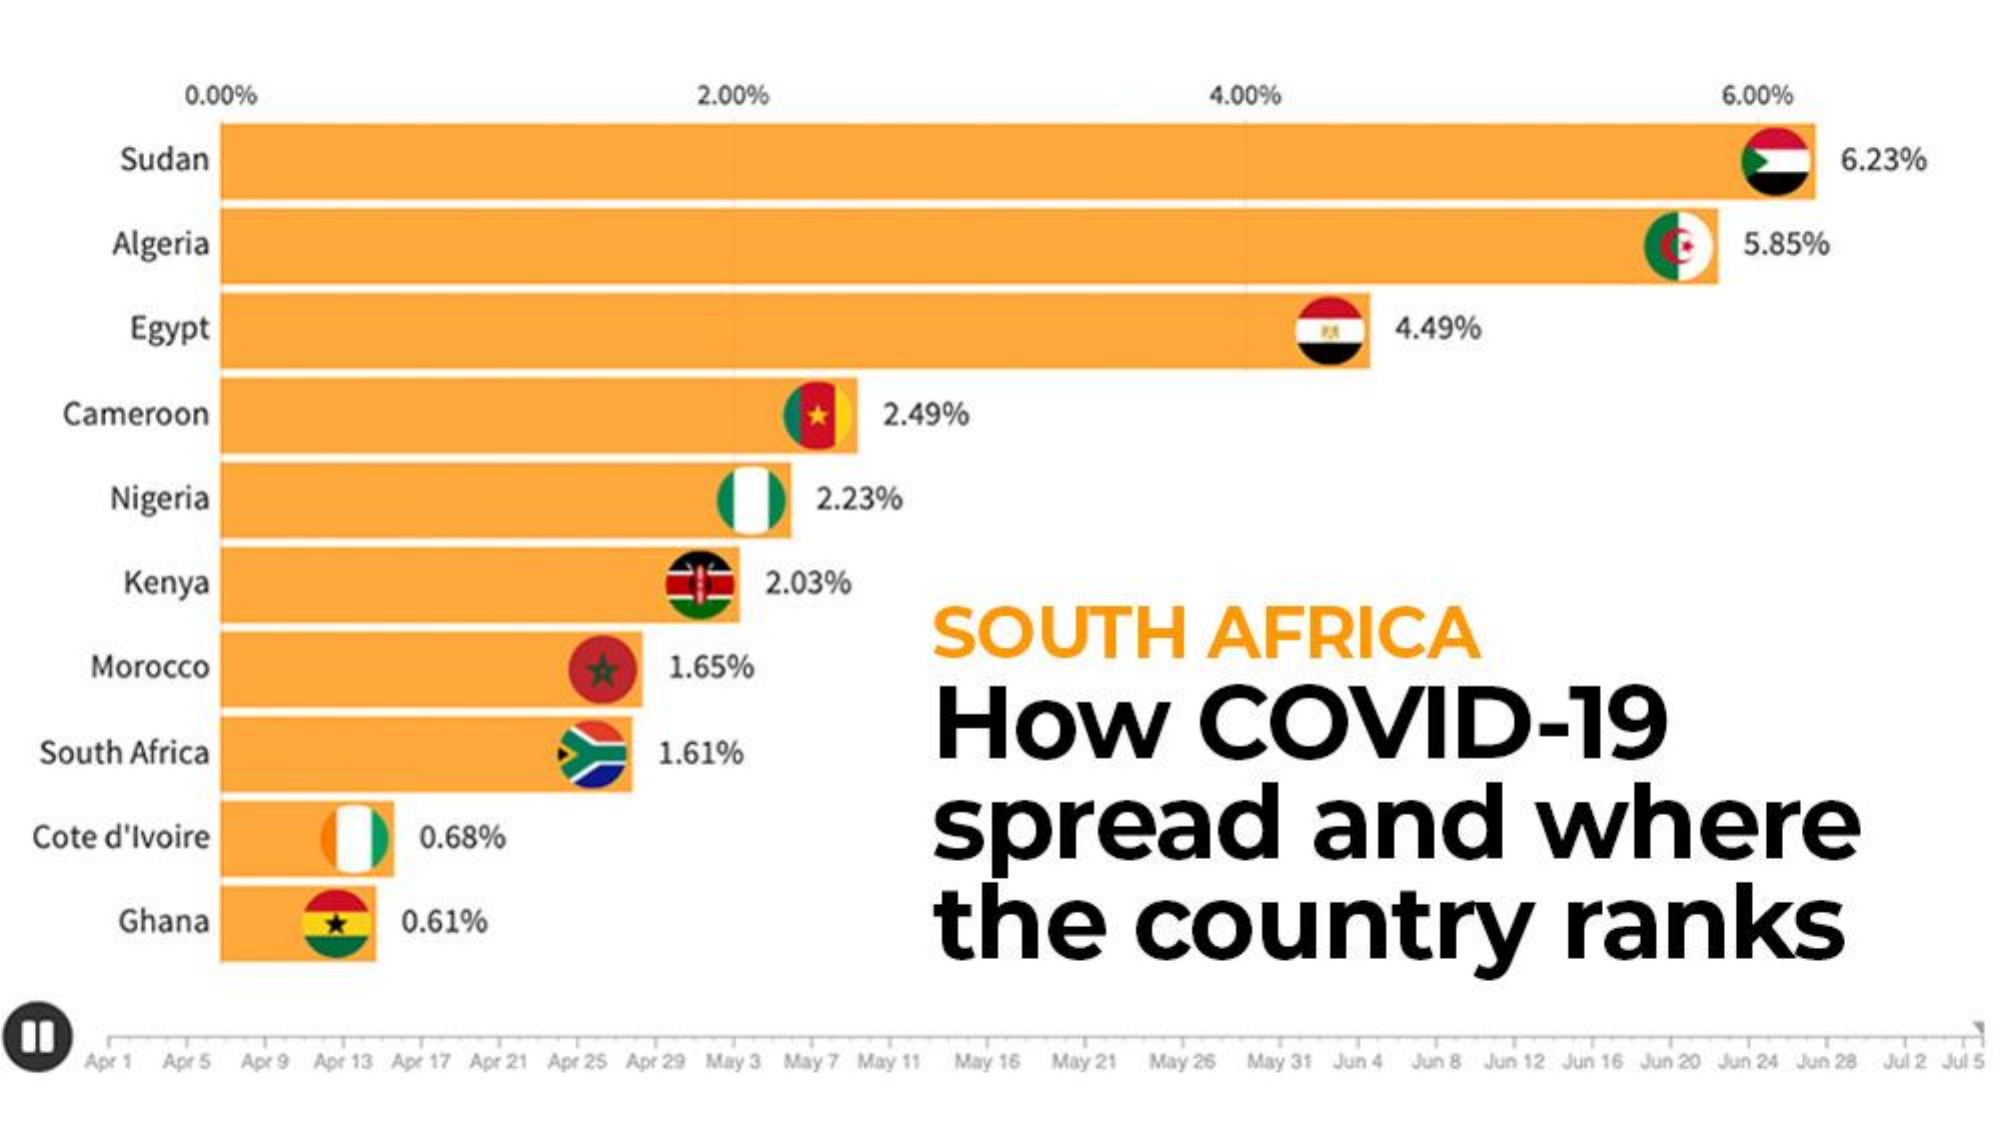
0.00%    2.00%    4.00%    6.00%
     Sudan    6.23%
     Algeria    5.85%
     Egypt    4.49%
    Cameroon    2.49%
     Nigeria    2.23%
     Kenya    2.03%
     SOUTH    AFRICA
     Morocco    1.65%
     How    COVID-19
   South Africa    1.61%
     spread    and    where Cote d'Ivoire 0.68%
     Ghana    0.61%    the    country    ranks
     Apr 1 Apr 5 Apr 9 Apr 13 Apr 17 Apr 21 Apr 25 Apr 29 May 3 May 7 May 11 May 16 May 21 May 26 May 31 Jun 4 Jun 8 Jun 12 Jun 16 Jun 20 Jun 24 Jun 28 Jul 2 Jul 5